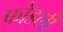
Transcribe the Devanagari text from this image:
फ़ोडली